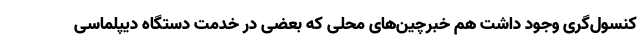
کنسول‌گری وجود داشت هم خبرچین‌های محلی که بعضی در خدمت دستگاه دیپلماسی